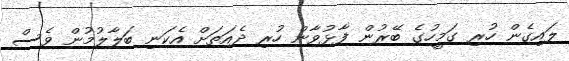
ލައިގެން ހުރި ގަމީހުގެ ބޭރުން ފާޅުވާން ހުރި ދެއަތަށް އެކަނި ބަލާލުމުން ވެސް